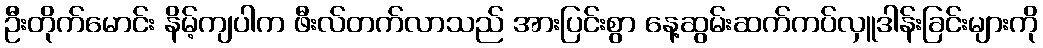
ဦးတိုက်မောင်း နိမ့်ကျပါက ဖီးလ်တက်လာသည် အားပြင်းစွာ နေ့ဆွမ်းဆက်ကပ်လှူဒါန်းခြင်းများကို